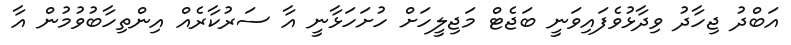
އަބްދު ޖިހާދު ވިދާޅުވެފައިވަނީ ބަޖެޓް މަޖިލީހަށް ހުށަހަޅާނީ އާ ސަރުކާރެއް އިންތިހާބުވުމުން އާ